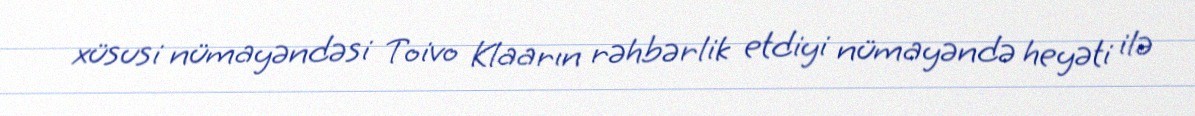
xüsusi nümayəndəsi Toivo Klaarın rəhbərlik etdiyi nümayəndə heyəti ilə